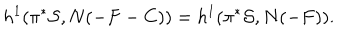
h ^ { 1 } ( \pi ^ { * } { \cal S } , N ( - F - C ) ) = h ^ { 1 } ( \pi ^ { * } { \cal S } , N ( - F ) ) .